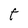
Character: t